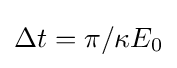
\Delta t=\pi /\kappa E_{0}